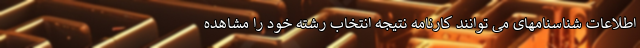
اطلاعات شناسنامهای می توانند کارنامه نتیجه انتخاب رشته خود را مشاهده